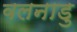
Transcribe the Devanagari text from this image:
वलनाडु